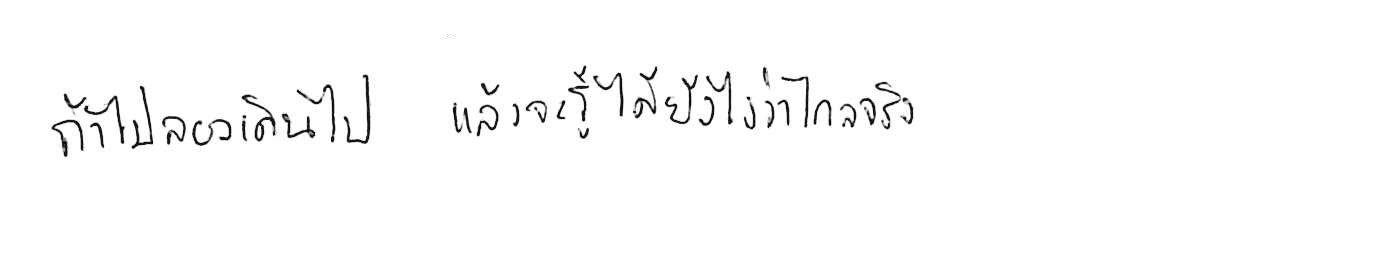
ถ้าไม่ลองเดินไป แล้วจะรู้ได้ยังไงว่าไกลจริง